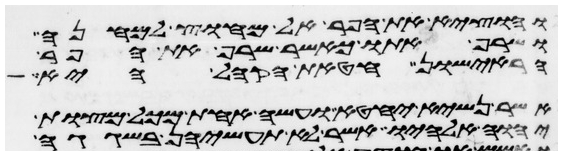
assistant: והוציא את הפר אל מחוץ למחנה
ושרף אתו כאשר שרף את הפר
הראישון חטאת הקהל היא
אשר נשיא יחטא ועשה אחת מכל מצות
יהוה אלהיו אשר לא תעשיהן בשגגה